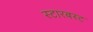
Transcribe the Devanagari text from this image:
स्टारबस्ट